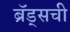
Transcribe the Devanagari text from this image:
ब्रॅड्सची